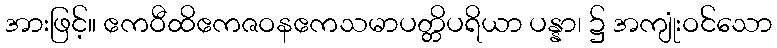
အားဖြင့်။ ဧကဝီထိဧကဇဝနဧကသမာပတ္တိပရိယာ ပန္နာ၊ ၌ အကျုံးဝင်သော